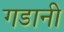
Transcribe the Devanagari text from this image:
गडानी